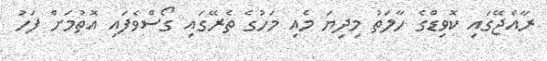
ރާއްޖޭގައި ކޮވިޑްގެ ހާލަތު މިދިޔަ މެއި މަހުގެ ތެރޭގައި ގޯސްވެފައި އޮތުމަށް ފަހު